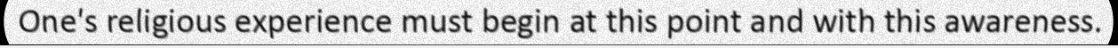
One's religious experience must begin at this point and with this awareness.